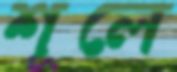
শূলে